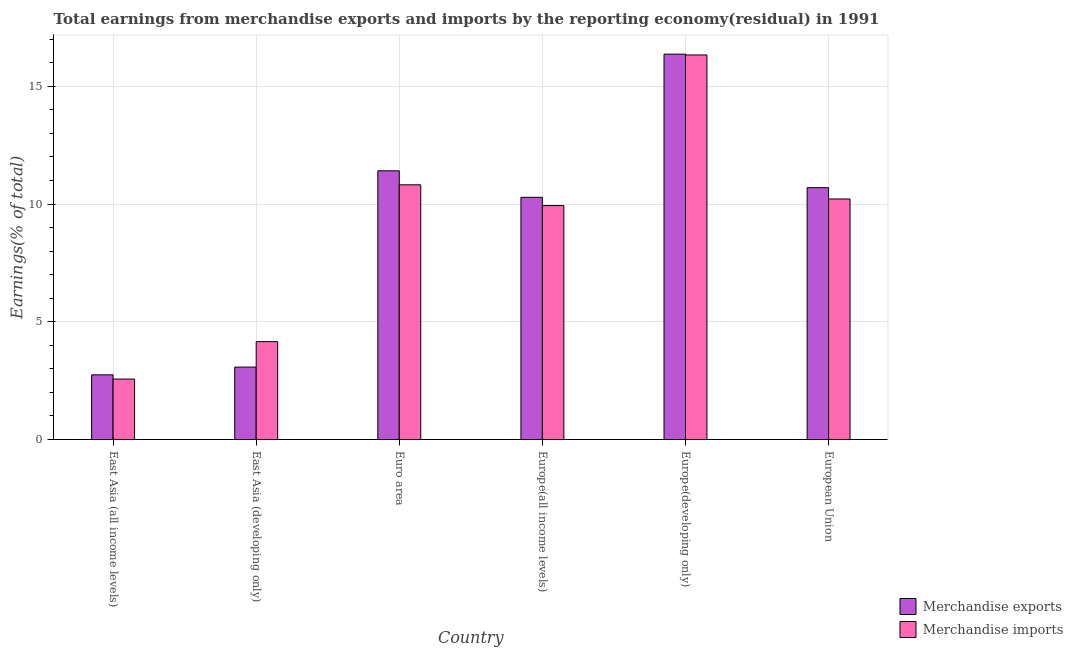
| Country | Merchandise exports | Merchandise imports |
 | --- | --- | --- |
 | East Asia (all income levels) | 2.75 | 2.57 |
 | East Asia (developing only) | 3.08 | 4.16 |
 | Euro area | 11.4 | 10.8 |
 | Europe(all income levels) | 10.3 | 9.93 |
 | Europe(developing only) | 16.4 | 16.3 |
 | European Union | 10.7 | 10.2 |